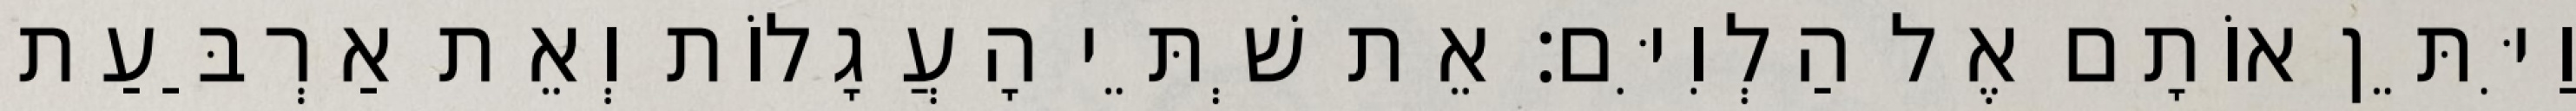
וַיִּתֵּן אוֹתָם אֶל הַלְוִיִּם׃ אֵת שְׁתֵּי הָעֲגָלוֹת וְאֵת אַרְבַּעַת